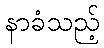
နာခံသည့်